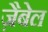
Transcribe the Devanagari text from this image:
ज़ैबेल